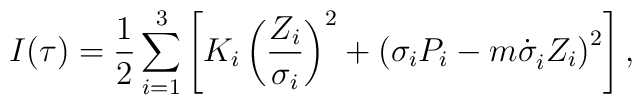
I(\tau )=\frac 1{2}\sum_{i=1}^3\left[ K_i\left( \frac{Z_i}{\sigma _i}\right)^2+\left( \sigma _{i}P_i-m\dot{\sigma}_i^{}Z_i\right) ^2\right] ,